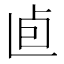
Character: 𠧠